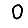
Digit: 0